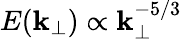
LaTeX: E(\mathbf{k}_{\perp})\propto\mathbf{k}_{\perp}^{-5/3}